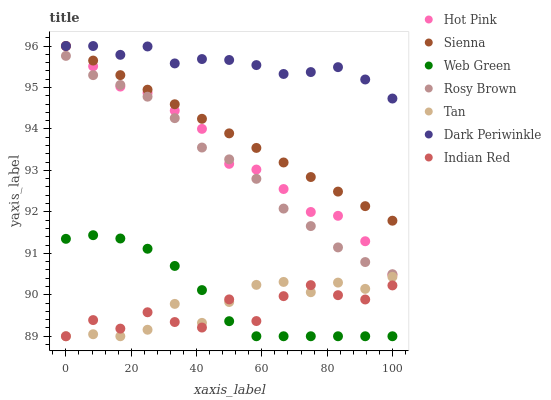
| xaxis_label | Hot Pink | Sienna | Web Green | Rosy Brown | Tan | Dark Periwinkle | Indian Red |
 | --- | --- | --- | --- | --- | --- | --- | --- |
 | 0 | 96 | 96 | 91.3 | 95.8 | 89 | 96 | 89 |
 | 8.33 | 95.5 | 95.6 | 91.4 | 95.3 | 89 | 96 | 89.4 |
 | 16.7 | 95 | 95.3 | 91.4 | 95.1 | 89 | 95.8 | 89.2 |
 | 25 | 94.9 | 94.9 | 91.1 | 94.8 | 89.2 | 96 | 89.6 |
 | 33.3 | 94.4 | 94.6 | 90.7 | 94.3 | 89.8 | 95.6 | 89.3 |
 | 41.7 | 94 | 94.2 | 90.1 | 93.6 | 89.3 | 95.7 | 89.2 |
 | 50 | 93.2 | 93.9 | 89.4 | 93.3 | 89.8 | 95.7 | 89.9 |
 | 58.3 | 93 | 93.5 | 89 | 92.8 | 90.2 | 95.5 | 89.4 |
 | 66.7 | 92.6 | 93.2 | 89 | 92.1 | 90.3 | 95.3 | 90 |
 | 75 | 92 | 92.8 | 89 | 91.7 | 90.1 | 95.4 | 90.2 |
 | 83.3 | 91.9 | 92.5 | 89 | 91.1 | 90.3 | 95.5 | 90 |
 | 91.7 | 91.3 | 92.1 | 89 | 90.8 | 90.1 | 95.2 | 89.9 |
 | 100 | 90.5 | 91.8 | 89 | 90.5 | 90.4 | 94.7 | 90.2 |